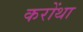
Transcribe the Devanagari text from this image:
करोंथा